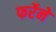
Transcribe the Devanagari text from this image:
फर्रेने